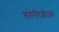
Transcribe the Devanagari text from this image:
लतेरलिज़तिओन